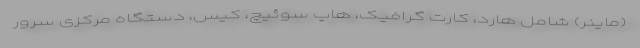
(ماینر) شامل هارد، کارت گرافیک، هاپ سوئیچ، کیس، دستگاه مرکزی سرور